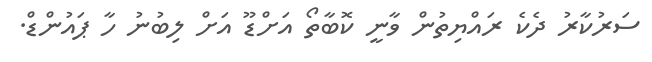
ސަރުކާރު ދެކެ ރައްޔިތުން ވާނީ ކޮބާތޯ އަށްޑޫ އަށް ލިބުނު ހާ ޕައުންޑް.